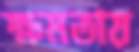
ক্ষমতায়